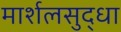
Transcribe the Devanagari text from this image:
मार्शलसुद्धा